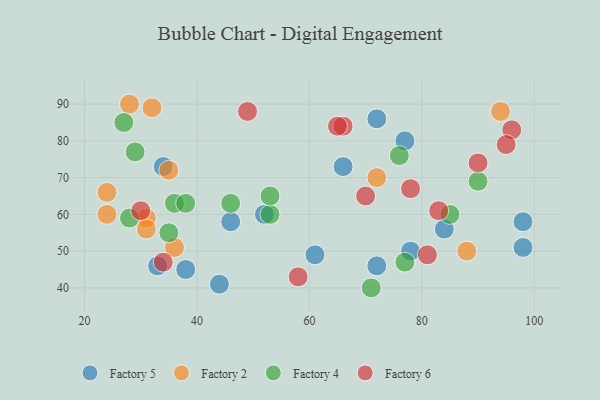
{"axis": {"x": "GDP", "y": "Life Expectancy"}, "legend": ["Factory 2", "Factory 4", "Factory 5", "Factory 6"], "data": [{"x": "33", "y": 46, "type": "Factory 5"}, {"x": "46", "y": 58, "type": "Factory 5"}, {"x": "52", "y": 60, "type": "Factory 5"}, {"x": "44", "y": 41, "type": "Factory 5"}, {"x": "98", "y": 58, "type": "Factory 5"}, {"x": "72", "y": 86, "type": "Factory 5"}, {"x": "84", "y": 56, "type": "Factory 5"}, {"x": "78", "y": 50, "type": "Factory 5"}, {"x": "72", "y": 46, "type": "Factory 5"}, {"x": "66", "y": 73, "type": "Factory 5"}, {"x": "77", "y": 80, "type": "Factory 5"}, {"x": "38", "y": 45, "type": "Factory 5"}, {"x": "98", "y": 51, "type": "Factory 5"}, {"x": "61", "y": 49, "type": "Factory 5"}, {"x": "34", "y": 73, "type": "Factory 5"}, {"x": "88", "y": 50, "type": "Factory 2"}, {"x": "31", "y": 59, "type": "Factory 2"}, {"x": "24", "y": 66, "type": "Factory 2"}, {"x": "36", "y": 51, "type": "Factory 2"}, {"x": "32", "y": 89, "type": "Factory 2"}, {"x": "28", "y": 90, "type": "Factory 2"}, {"x": "72", "y": 70, "type": "Factory 2"}, {"x": "31", "y": 56, "type": "Factory 2"}, {"x": "94", "y": 88, "type": "Factory 2"}, {"x": "35", "y": 72, "type": "Factory 2"}, {"x": "24", "y": 60, "type": "Factory 2"}, {"x": "53", "y": 60, "type": "Factory 4"}, {"x": "85", "y": 60, "type": "Factory 4"}, {"x": "35", "y": 55, "type": "Factory 4"}, {"x": "27", "y": 85, "type": "Factory 4"}, {"x": "53", "y": 65, "type": "Factory 4"}, {"x": "77", "y": 47, "type": "Factory 4"}, {"x": "36", "y": 63, "type": "Factory 4"}, {"x": "46", "y": 63, "type": "Factory 4"}, {"x": "38", "y": 63, "type": "Factory 4"}, {"x": "71", "y": 40, "type": "Factory 4"}, {"x": "28", "y": 59, "type": "Factory 4"}, {"x": "29", "y": 77, "type": "Factory 4"}, {"x": "76", "y": 76, "type": "Factory 4"}, {"x": "90", "y": 69, "type": "Factory 4"}, {"x": "96", "y": 83, "type": "Factory 6"}, {"x": "95", "y": 79, "type": "Factory 6"}, {"x": "70", "y": 65, "type": "Factory 6"}, {"x": "49", "y": 88, "type": "Factory 6"}, {"x": "58", "y": 43, "type": "Factory 6"}, {"x": "66", "y": 84, "type": "Factory 6"}, {"x": "34", "y": 47, "type": "Factory 6"}, {"x": "78", "y": 67, "type": "Factory 6"}, {"x": "30", "y": 61, "type": "Factory 6"}, {"x": "90", "y": 74, "type": "Factory 6"}, {"x": "65", "y": 84, "type": "Factory 6"}, {"x": "83", "y": 61, "type": "Factory 6"}, {"x": "81", "y": 49, "type": "Factory 6"}]}